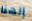
إلهنا